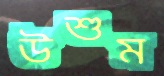
উশুম